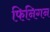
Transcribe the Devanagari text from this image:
फिनिगन